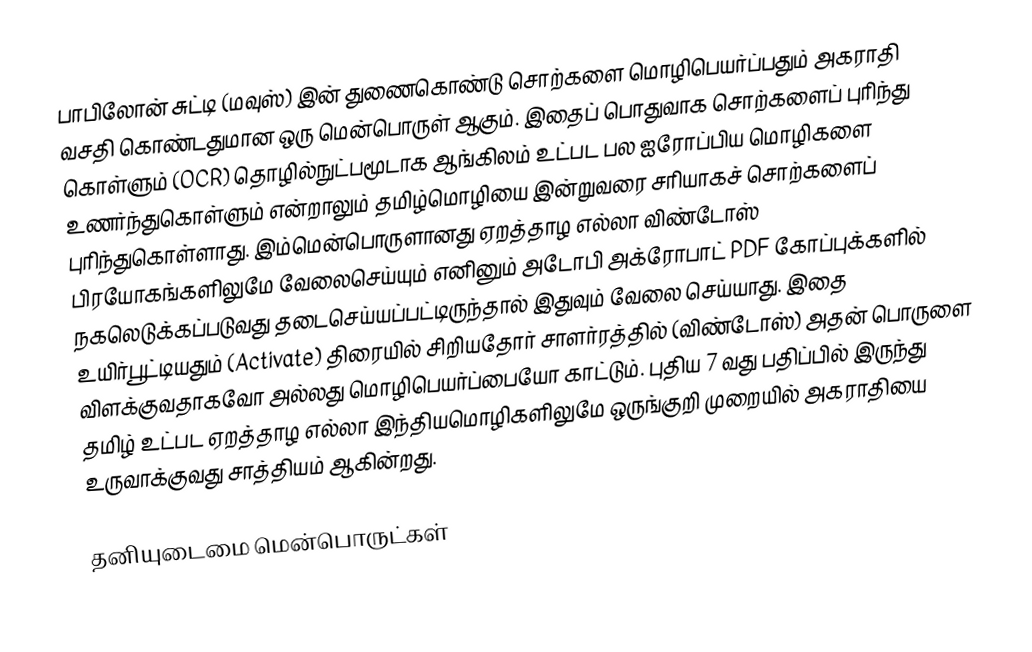
பாபிலோன் சுட்டி (மவுஸ்) இன் துணைகொண்டு சொற்களை மொழிபெயர்ப்பதும் அகராதி வசதி கொண்டதுமான ஒரு மென்பொருள் ஆகும். இதைப் பொதுவாக சொற்களைப் புரிந்து கொள்ளும் (OCR) தொழில்நுட்பமூடாக ஆங்கிலம் உட்பட பல ஐரோப்பிய மொழிகளை உணர்ந்துகொள்ளும் என்றாலும் தமிழ்மொழியை இன்றுவரை சரியாகச் சொற்களைப் புரிந்துகொள்ளாது. இம்மென்பொருளானது ஏறத்தாழ எல்லா விண்டோஸ் பிரயோகங்களிலுமே வேலைசெய்யும் எனினும் அடோபி அக்ரோபாட் PDF கோப்புக்களில் நகலெடுக்கப்படுவது தடைசெய்யப்பட்டிருந்தால் இதுவும் வேலை செய்யாது. இதை உயிர்பூட்டியதும் (Activate) திரையில் சிறியதோர் சாளர்ரத்தில் (விண்டோஸ்) அதன் பொருளை விளக்குவதாகவோ அல்லது மொழிபெயர்ப்பையோ காட்டும். புதிய 7 வது பதிப்பில் இருந்து தமிழ் உட்பட ஏறத்தாழ எல்லா இந்தியமொழிகளிலுமே ஒருங்குறி முறையில் அகராதியை உருவாக்குவது சாத்தியம் ஆகின்றது.

தனியுடைமை மென்பொருட்கள்